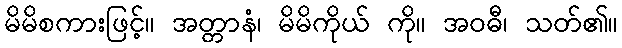
မိမိစကားဖြင့်။ အတ္တာနံ၊ မိမိကိုယ် ကို။ အဝဓီ၊ သတ်၏။